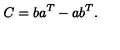
C = b a \sp { T } - a b \sp { T } .